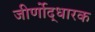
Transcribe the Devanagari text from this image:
जीर्णोद्धारक